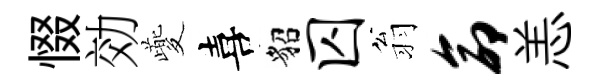
惙効夔喜貂囚翁命恙